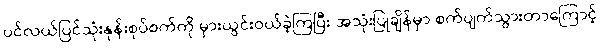
ပင်လယ်ပြင်သုံးနုန်းစုပ်စက်ကို မှားယွင်းဝယ်ခဲ့ကြပြီး အသုံးပြုချိန်မှာ စက်ပျက်သွားတာကြောင့်